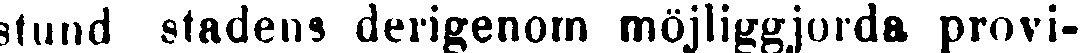
stund stadens derigenom möjliggjorda provi-